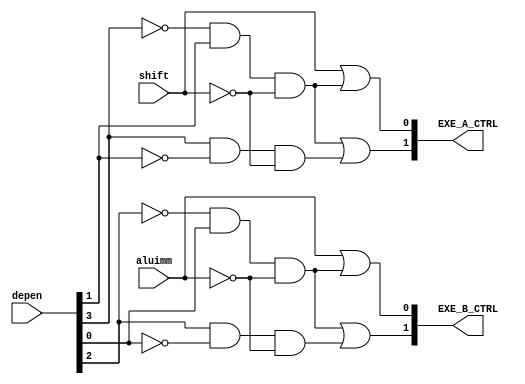
`timescale 1ns / 1ps
//////////////////////////////////////////////////////////////////////////////////
// Company: 
// Engineer: 
// 
// Design Name: 
// Module Name:    ForwardDecoder 
// Project Name: 
// Target Devices: 
// Tool versions: 
// Description: 
//
// Dependencies: 
//
// Revision: 
// Revision 0.01 - File Created
// Additional Comments: 
//
//////////////////////////////////////////////////////////////////////////////////
module ForwardDecoder(
	input [3:0] depen,
	input shift,
	input aluimm,
	output [1:0] EXE_A_CTRL,
	output [1:0] EXE_B_CTRL
	 );
	 
	 //ouput exe_a_ctrl
	 wire a_higt_1,a_hight_2;
	 and(a_higt_1,~depen[3],depen[1],~shift);
	 and(a_higt_2,depen[3],~depen[1],~shift);
	 assign EXE_A_CTRL[1] = a_higt_1 | a_higt_2;
	 wire a_low_1,a_low_2;
	 assign  a_low_1 = shift;
	 and(a_low_2,~depen[3],depen[1],~shift);
	 assign EXE_A_CTRL[0] = a_low_1 | a_low_2;
	 
	  //ouput exe_b_ctrl
	  wire b_higt_1,b_hight_2;
	 and(b_higt_1,~depen[2],depen[0],~aluimm);
	 and(b_higt_2,depen[2],~depen[0],~aluimm);
	 assign EXE_B_CTRL[1] = b_higt_1 | b_higt_2;
	 wire b_low_1,b_low_2;
	 assign  b_low_1 = aluimm;
	 and(b_low_2,~depen[2],depen[0],~aluimm);
	 assign EXE_B_CTRL[0] = b_low_1 | b_low_2;
endmodule